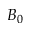
B _ { 0 }